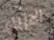
الازياء